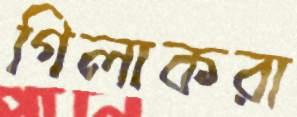
গিলাকরা